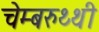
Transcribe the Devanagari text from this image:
चेम्बरुथ्थी